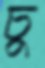
চু